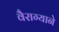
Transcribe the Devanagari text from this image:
वैराग्याने